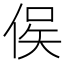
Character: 㑨